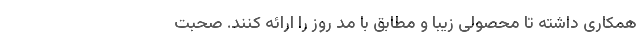
همکاری داشته تا محصولی زیبا و مطابق با مد روز را ارائه کنند. صحبت